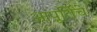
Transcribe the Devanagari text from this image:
आपूर्तिचे